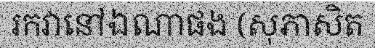
រកវានៅឯណាផង (សុភាសិត